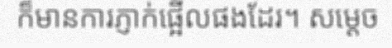
ក៏មានការភ្ញាក់ផ្អើលផងដែរ។ សម្តេច